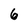
Character: 6